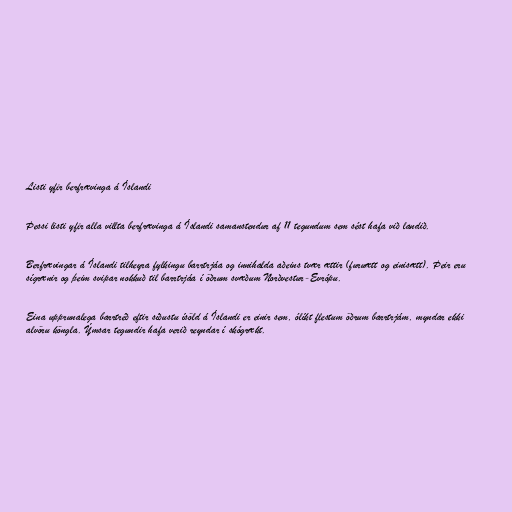
Listi yfir berfrævinga á Íslandi

Þessi listi yfir alla villta berfrævinga á Íslandi samanstendur af 11 tegundum sem sést hafa við landið.

Berfrævingar á Íslandi tilheyra fylkingu barrtrjáa og innihalda aðeins tvær ættir (furuætt og einisætt). Þeir eru
sígrænir og þeim svipar nokkuð til barrtrjáa í öðrum svæðum Norðvestur-Evrópu.

Eina upprunalega barrtréð eftir síðustu ísöld á Íslandi er einir sem, ólíkt flestum öðrum barrtrjám, myndar ekki
alvöru köngla. Ýmsar tegundir hafa verið reyndar í skógrækt.